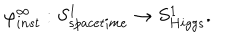
\varphi _ { i n s t } ^ { \infty } : S _ { s p a c e t i m e } ^ { 1 } \rightarrow S _ { H i g g s } ^ { 1 } .